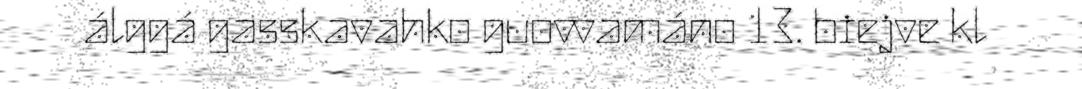
álggá gasskavahko guovvamáno 13. biejve kl